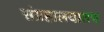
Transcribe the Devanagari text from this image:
संग्रहालयातच